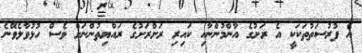
އެ ފުރުސަތުތަކަކީ އެ ރަށުގެ އާންމުންނާއި ކައިރި ރަށްރަށުގެ ރައްޔިތުންނަށް ވެސް ހުޅުވާލެވޭނެ